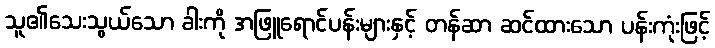
သူ၏သေးသွယ်သော ခါးကို အဖြူရောင်ပန်းများနှင့် တန်ဆာ ဆင်ထားသော ပန်းကုံးဖြင့်